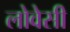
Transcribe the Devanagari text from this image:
लोवेसी